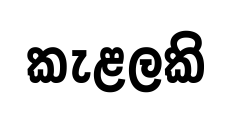
කැළලකි